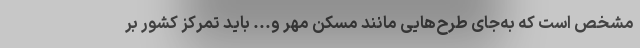
مشخص است که به‌جای طرح‌هایی مانند مسکن مهر و... باید تمرکز کشور بر